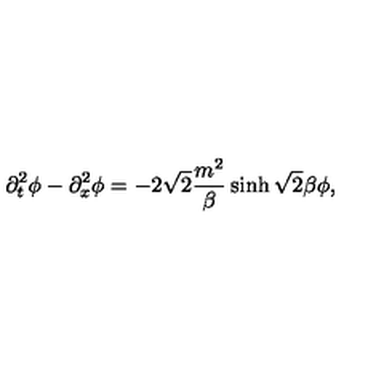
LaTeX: \partial _ { t } ^ { 2 } \phi - \partial _ { x } ^ { 2 } \phi = - 2 \sqrt 2 { \frac { m ^ { 2 } } { \beta } } \sinh \sqrt 2 \beta \phi ,